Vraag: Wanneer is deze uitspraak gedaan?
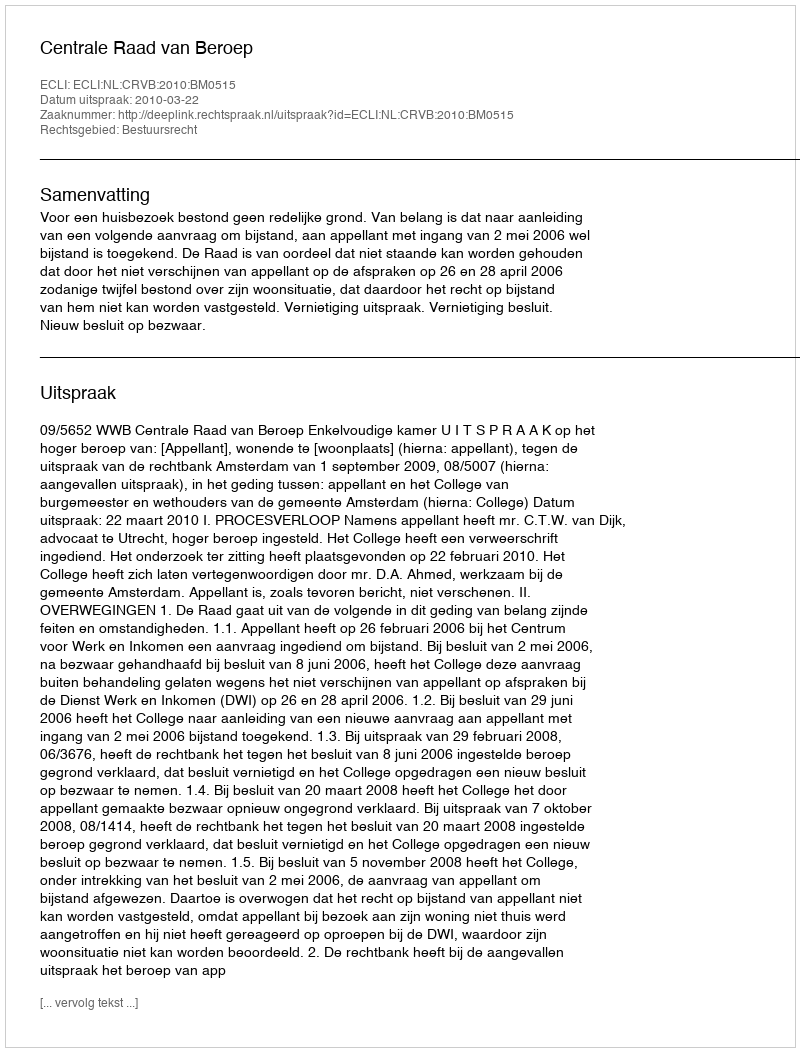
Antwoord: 2010-03-22